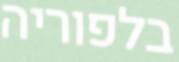
בלפוריה